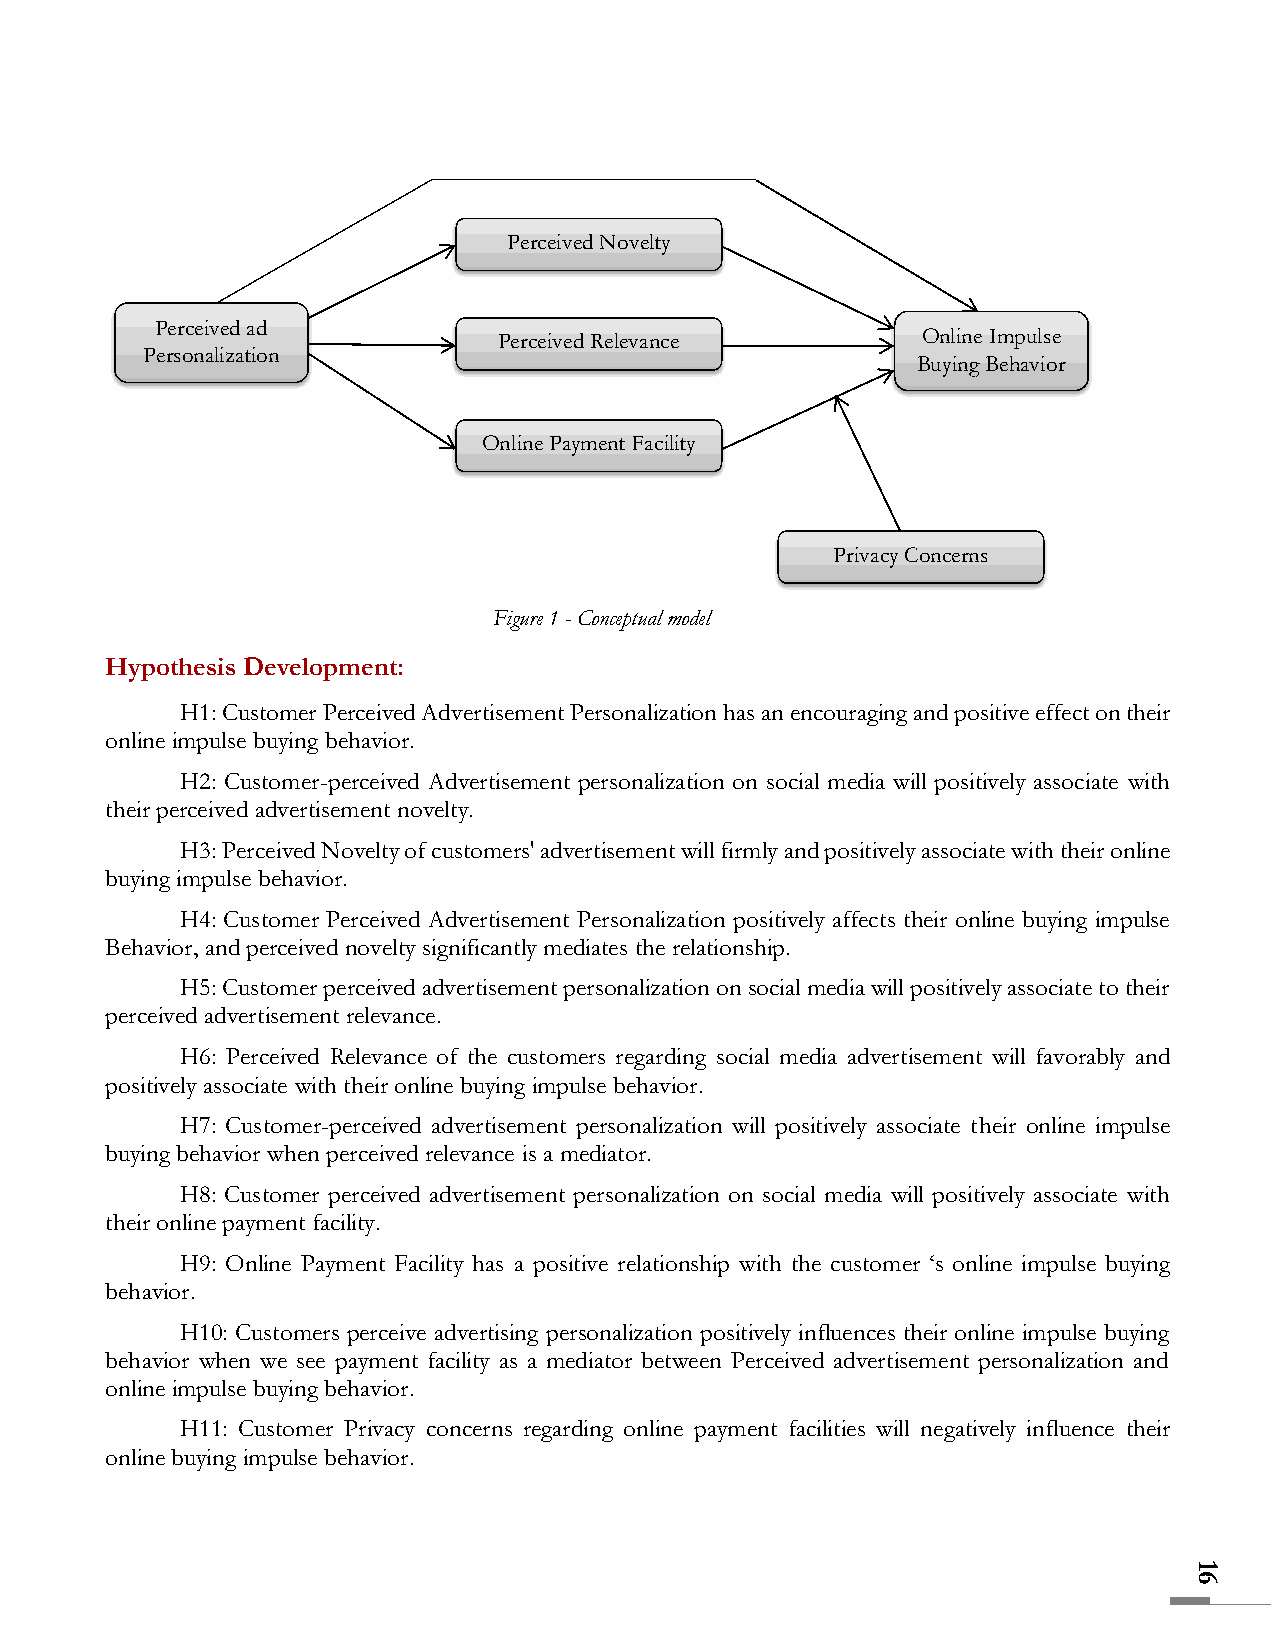
Perceived Novelty
 Perceived ad
 Perceived Relevance         Online Impulse
 Personalization
 Buying Behavior
 Online Payment Facility
 Privacy Concerns
 Figure 1 - Conceptual model
 Hypothesis Development:
 H1: Customer Perceived Advertisement Personalization has an encouraging and positive effect on their
 online impulse buying behavior.
 H2: Customer-perceived Advertisement personalization on social media will positively associate with
 their perceived advertisement novelty.
 H3: Perceived Novelty of customers' advertisement will firmly and positively associate with their online
 buying impulse behavior.
 H4: Customer Perceived Advertisement Personalization positively affects their online buying impulse
 Behavior, and perceived novelty significantly mediates the relationship.
 H5: Customer perceived advertisement personalization on social media will positively associate to their
 perceived advertisement relevance.
 H6: Perceived Relevance of the customers regarding social media advertisement will favorably and
 positively associate with their online buying impulse behavior.
 H7: Customer-perceived advertisement personalization will positively associate their online impulse
 buying behavior when perceived relevance is a mediator.
 H8: Customer perceived advertisement personalization on social media will positively associate with
 their online payment facility.
 H9: Online Payment Facility has a positive relationship with the customer ‘s online impulse buying
 behavior.
 H10: Customers perceive advertising personalization positively influences their online impulse buying
 behavior when we see payment facility as a mediator between Perceived advertisement personalization and
 online impulse buying behavior.
 H11: Customer Privacy concerns regarding online payment facilities will negatively influence their
 online buying impulse behavior.
 1
 6